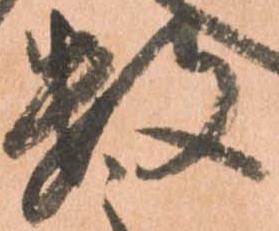
数